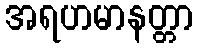
အရဟမာနတ္တာ